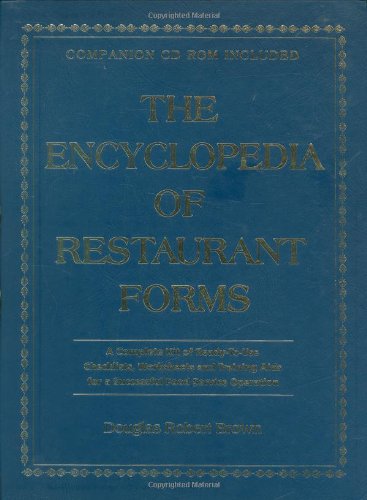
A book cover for The Encyclopedia of Restaurant Forms: A Complete Kit of Ready-To-Use Checklists, Worksheets, and Training AIDS for a Successful Food Service Operation With Companion CD-ROM; Douglas Robert Brown; Business & Money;